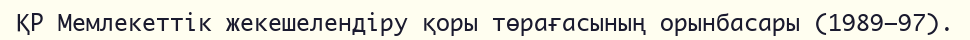
ҚР Мемлекеттік жекешелендіру қоры төрағасының орынбасары (1989–97).